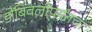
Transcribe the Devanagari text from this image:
डोंबिवलीपर्यंतचा